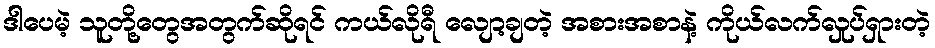
ဒါပေမဲ့ သူတို့တွေအတွက်ဆိုရင် ကယ်လိုရီ လျော့ချတဲ့ အစားအစာနဲ့ ကိုယ်လက်လှုပ်ရှားတဲ့